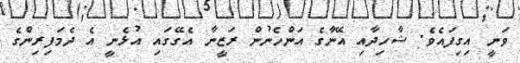
ވަނީ އިގިފައެވެ. ޝާހިދާއި އޭނާގެ އަންހެނުން ރަޒީނާ އެގޭގައި އުޅެނީ އެ ދެމަފިރިންގެ